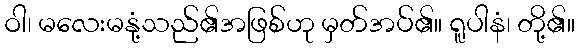
ဝါ၊ မလေးမနုံ့သည်၏အဖြစ်ဟု မှတ်အပ်၏။ ရူပါနံ၊ တို့၏။